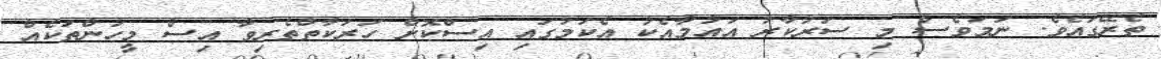
ތެރޭގައެވެ. ނަމަވެސް މި ސަރުކާރު އައުމާއެކު އެކަމުގައި އިސްކޮށް ހަރަކާތްތެރިވާ އިސް މީހުންތަކެއް